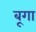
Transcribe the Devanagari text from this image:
बूगा